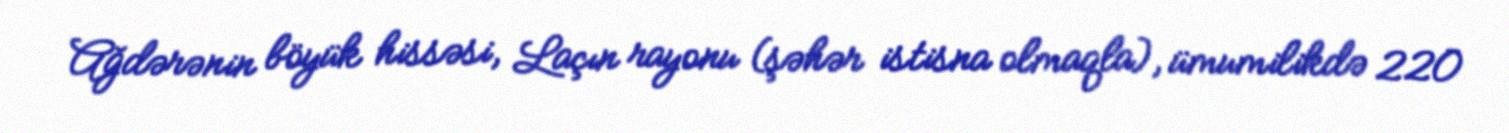
Ağdərənin böyük hissəsi, Laçın rayonu (şəhər istisna olmaqla), ümumilikdə 220